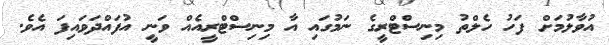
އުވާލުމަށް ފަހު ހެލްތު މިނިސްޓްރީގެ ނަމުގައި އާ މިނިސްޓްރީއެއް ވަނީ އުފައްދަވައިފަ އެވެ.